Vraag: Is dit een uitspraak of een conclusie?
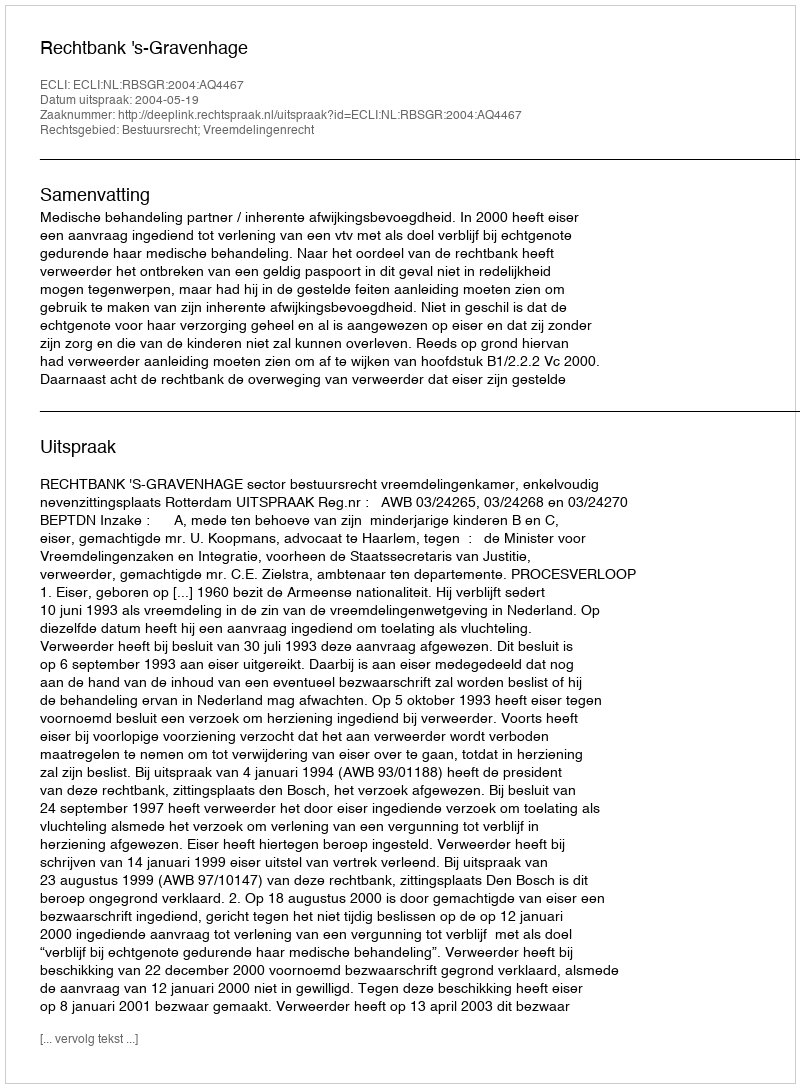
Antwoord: Uitspraak